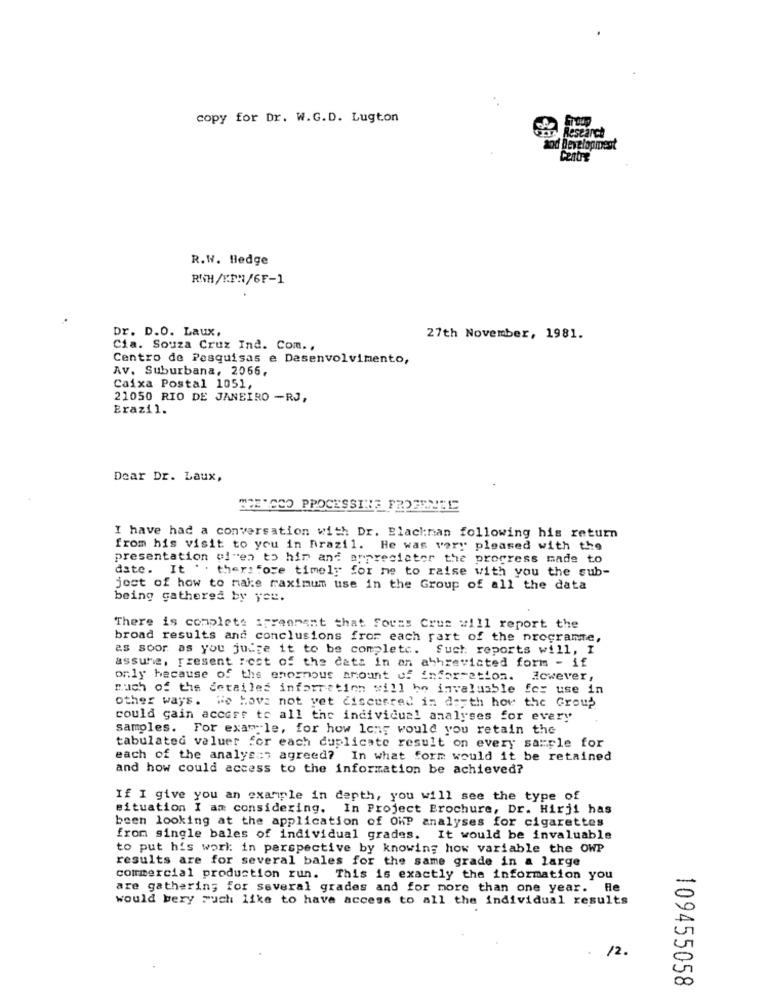
. .
copy for Dr. W.G.D. Lugton
Research
od Development
R.W. Hedge
RWH/XPN/6F-1
Dr. D.O. Laux,
27th November, 1981.
Cia. Souza Cruz Ind. Com .,
Centro de Pesquisas e Desenvolvimento,
Av. Suburbana, 2065,
Caixa Postal 1051,
21050 RIO DE JANEIRO -RJ,
Brazil.
Dear Dr. Laux,
WEECCO PROCESSING FROZENEL
I have had a conversation with Dr. Blackman following his return
from his visit to you in Brazil. He was very pleased with the
presentation ol"en to him and appreciater the progress made to
date. It . . therefore timely for me to raise with you the sub-
jost of how to make maximum use in the Group of all the data
being gathered by you.
There is complete :prennent that fouss Crum will report the
broad results and conclusions from each part of the programte,
as soor as you judge it to be completc. Such reports will, I
assume, present rest of the cats in an abbreviated form - if
only because of the enormous amount of information. Icwever,
mach of the detailed information will be invaluable for use in
other ways. We have not yet discusred in depth how the Group
could gain access to all the individual analyses for every
samples. For example, for how long would you retain the
tabulated valuer for each duplicate result on every sample for
each of the analys=7 agreed? In what form would it be retained
and how could access to the information be achieved?
If I give you an example in depth, you will see the type of
situation I am considering. In Project Brochure, Dr. Hirji has
been looking at the application of OMP analyses for cigarettes
from single bales of individual grades. It would be invaluable
to put his work: in perspective by knowing how variable the OWP
results are for several bales for the same grade in a large
commercial production run. This is exactly the information you
are gathering for several grades and for more than one year. He
would bery ruch like to have access to all the individual results
.
12.
109455058